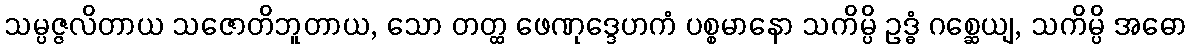
သမ္ပဇ္ဇလိတာယ သဇောတိဘူတာယ, သော တတ္ထ ဖေဏုဒ္ဒေဟကံ ပစ္စမာနော သကိမ္ပိ ဥဒ္ဓံ ဂစ္ဆေယျ, သကိမ္ပိ အဓော